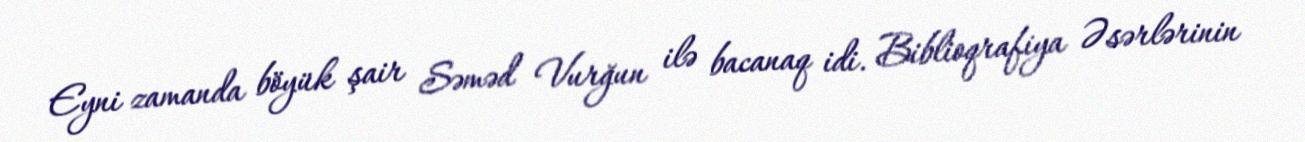
Eyni zamanda böyük şair Səməd Vurğun ilə bacanaq idi. Biblioqrafiya Əsərlərinin